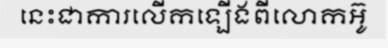
នេះជាការលើកឡើងពីលោកអ៊ូ